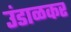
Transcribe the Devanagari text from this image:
उंडाळकर